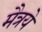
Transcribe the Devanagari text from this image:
मैत्रये